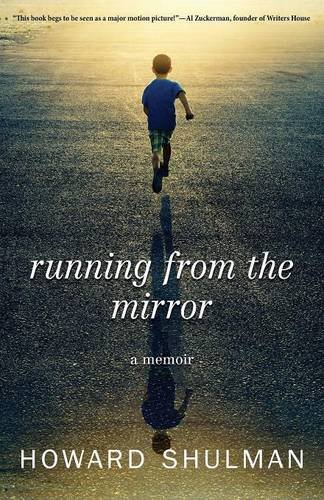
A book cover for Running from the Mirror: A Memoir; Howard Shulman; Parenting & Relationships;